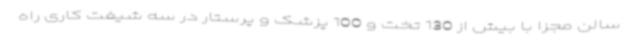
سالن مجزا با بیش از 130 تخت و 100 پزشک و پرستار در سه شیفت کاری راه